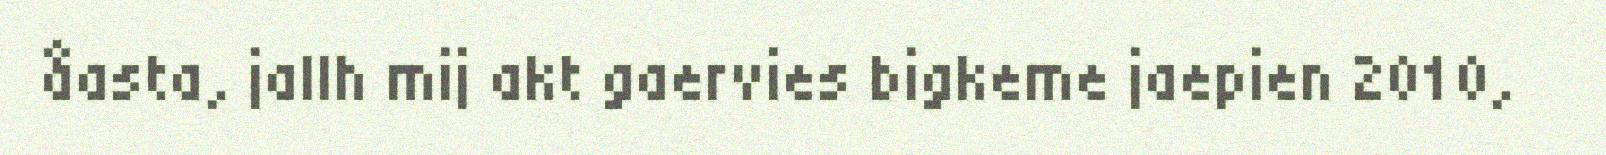
åasta, jallh mij akt gaervies bigkeme jaepien 2010,